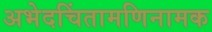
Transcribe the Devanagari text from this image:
अभेदचिंतामणिनामक